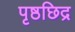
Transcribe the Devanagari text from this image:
पृष्ठछिद्र